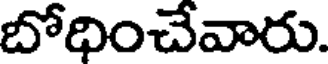
బోధించేవారు.